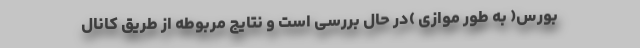
بورس( به طور موازی )در حال بررسی است و نتایج مربوطه از طریق کانال